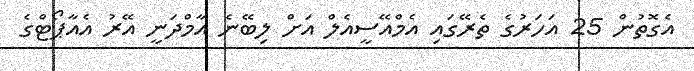
އެގޮތުން 25 އަހަރުގެ ތެރޭގައި އެމްއޭސީއެލް އަށް ލިބޭނެ އާމްދަނީ އޭރު އެއާޕޯޓްގެ